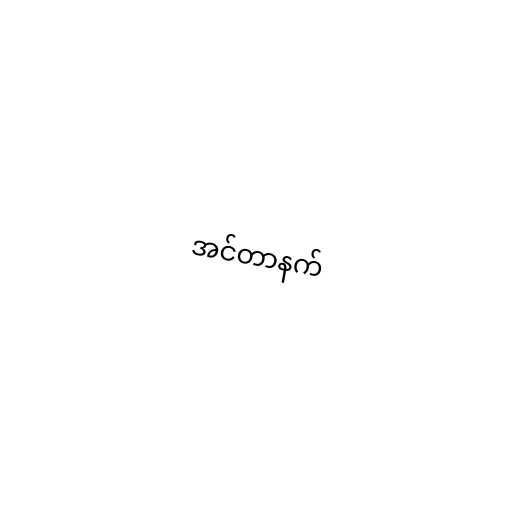
အင်တာနက်